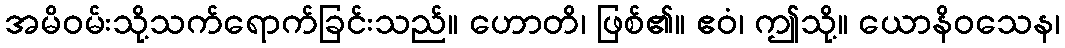
အမိဝမ်းသို့သက်ရောက်ခြင်းသည်။ ဟောတိ၊ ဖြစ်၏။ ဧဝံ၊ ဤသို့။ ယောနိဝသေန၊